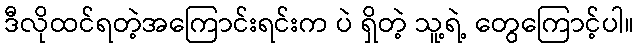
ဒီလိုထင်ရတဲ့အကြောင်းရင်းက ပဲ ရှိတဲ့ သူ့ရဲ့ တွေကြောင့်ပါ။